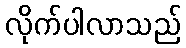
လိုက်ပါလာသည်